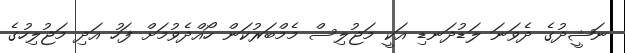
ނަޝީދުގެ ދެވަނަ ލަޑުދަނޑި އަކީ މަޖުލިސް މެމްބަރުކަން ހޯއްދެވުމަށް ފަހު އަދި މަޖުލިހުގެ